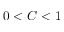
0 < C < 1